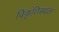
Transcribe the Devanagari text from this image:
विकृतिस्थल